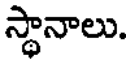
స్థానాలు.